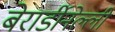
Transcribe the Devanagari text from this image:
बेरार्डीनेल्ली